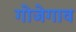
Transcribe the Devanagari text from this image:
गोजेगाव